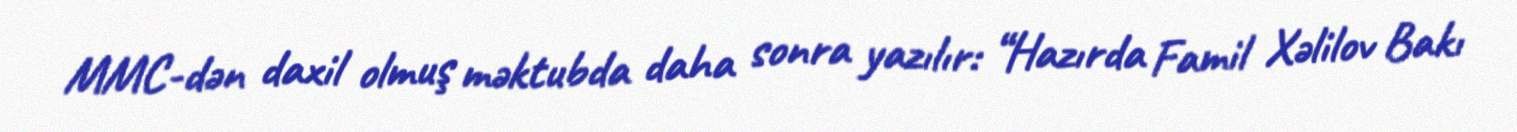
MMC-dən daxil olmuş məktubda daha sonra yazılır: “Hazırda Famil Xəlilov Bakı